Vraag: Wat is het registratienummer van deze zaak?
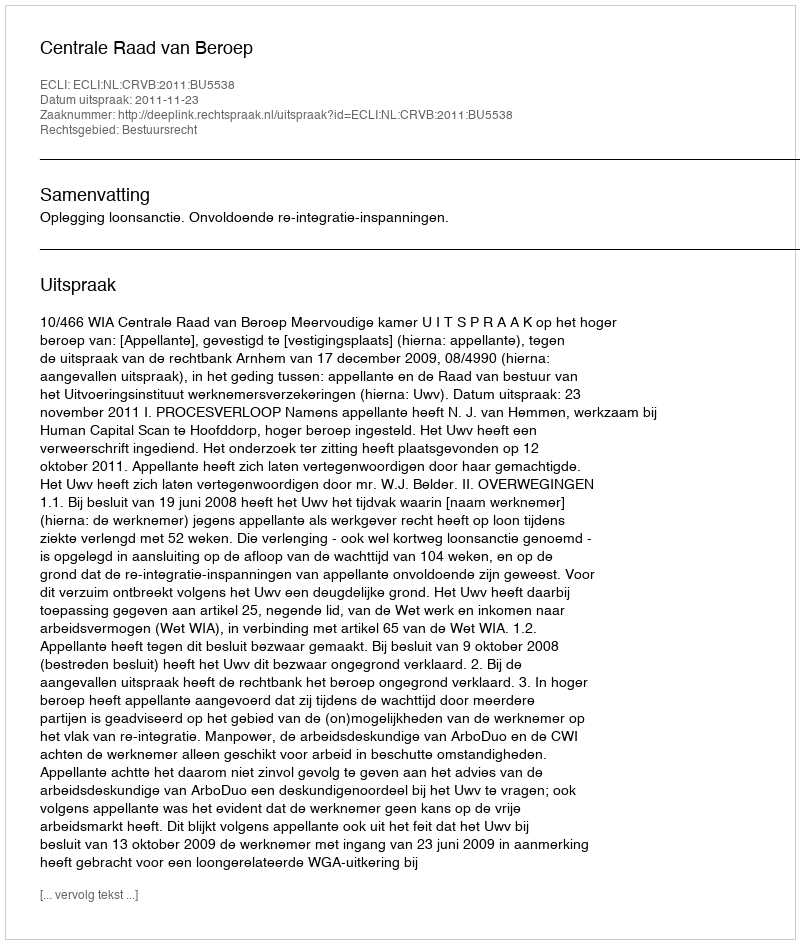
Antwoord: http://deeplink.rechtspraak.nl/uitspraak?id=ECLI:NL:CRVB:2011:BU5538